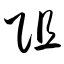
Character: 阻